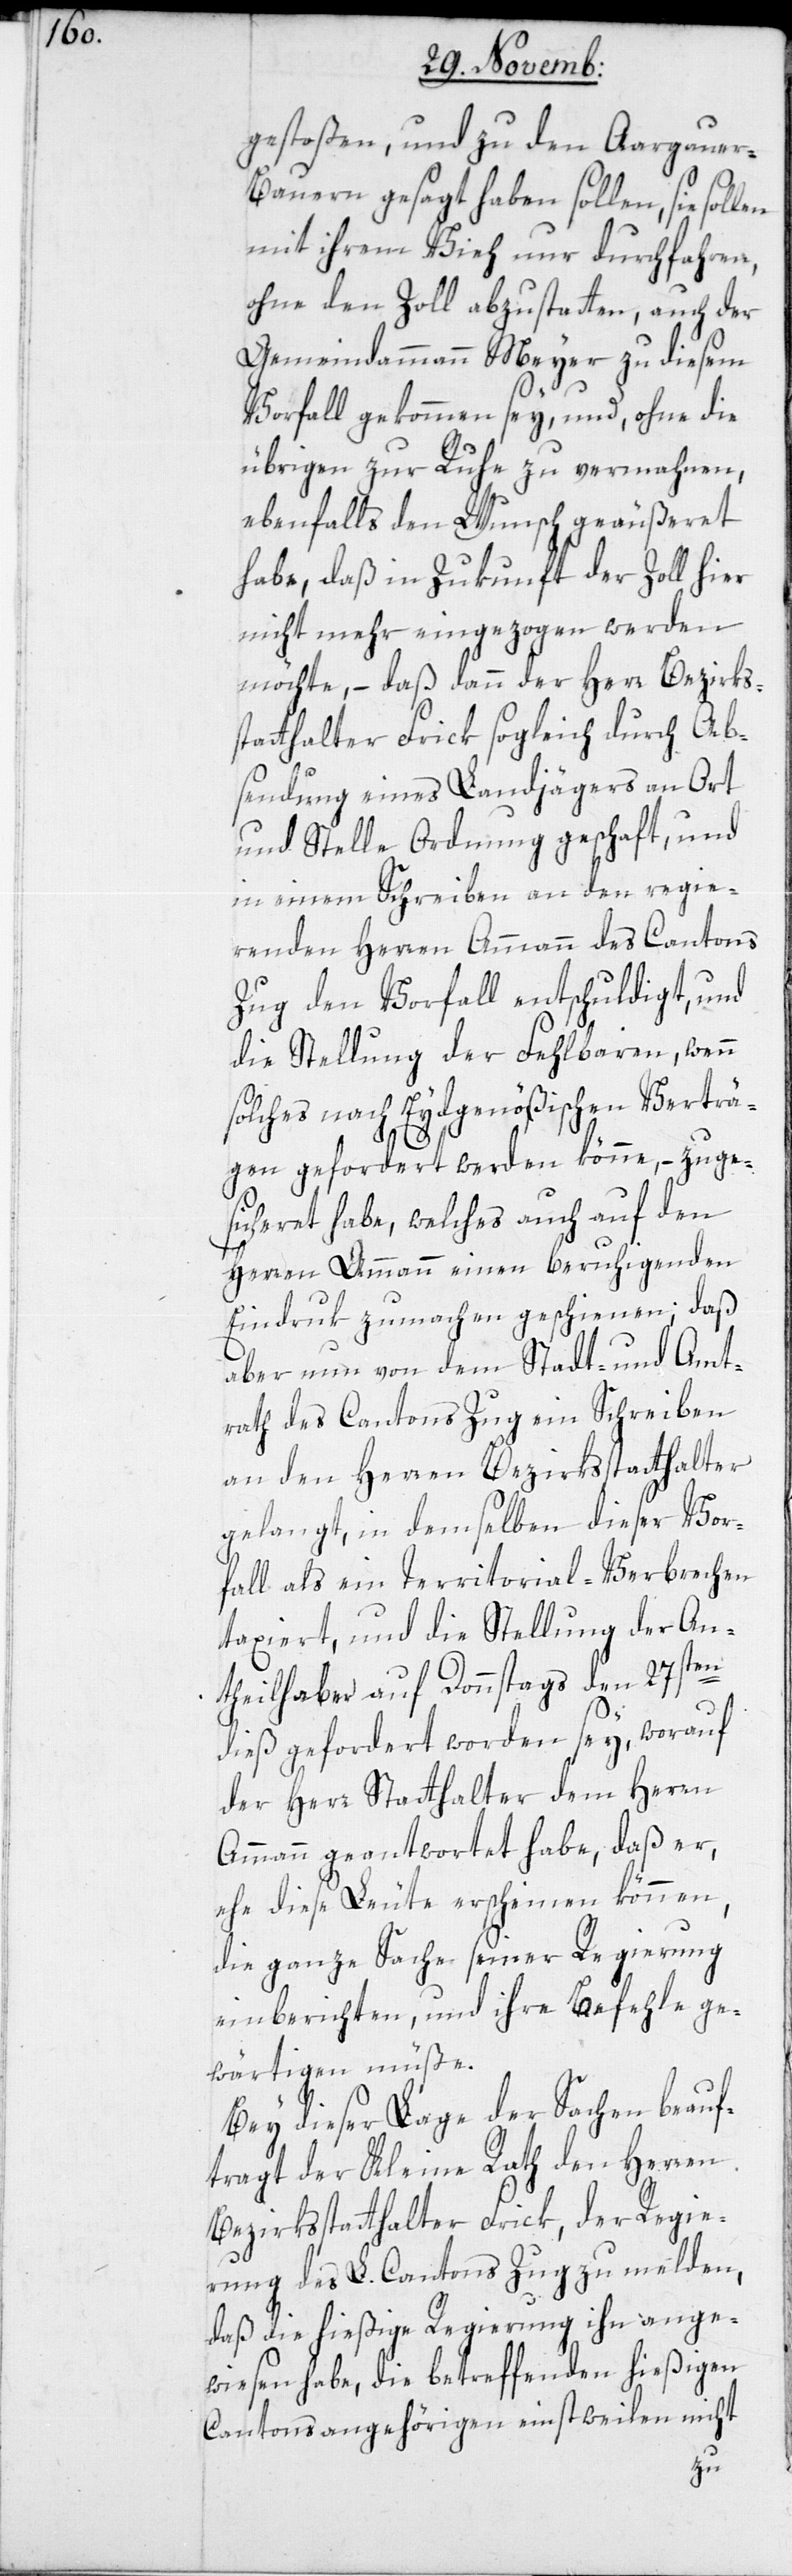
gestoßen, und zu den Aargauer-B¬
auern gesagt haben sollen, sie
mit ihrem Vieh nur durchfahren,
ohne den Zoll abzustatten, auch der
Gemeindammann Meyer zu diesem
Vorfall gekommen sey, und, ohne die
übrigen zur Ruhe zu vermahnen,
ebenfalls den Wunsch geäußeret
habe, daß in Zukunft der Zoll hier
nicht mehr eingezogen werden
möchte, – daß dann der Herr Bezirks¬
statthalter Frick sogleich durch Ab¬
sendung eines Landjägers an Ort
und Stelle Ordnung geschaft, und
in einem Schreiben an den regie¬
renden Herren Ammann des Cantons
Zug den Vorfall entschuldigt, und
die Stellung der Fehlbaren, wenn
solches nach Eydgenößischen Verträ¬
gen gefordert werden könne, – zuge¬
sicheret habe, welches auch auf den
Herren Ammann einen beruhigenden
Eindruk zu machen geschienen; daß
aber nun von dem Stadt- und Amt¬
rath des Cantons Zug ein Schreiben
an den Herren Bezirksstatthalter
gelangt, in demselben dieser Vor¬
fall als ein Territorial-Verbrechen
taxiert, und die Stellung der An¬
theilhaber auf Donnstags den 27sten
dieß gefordert worden sey, worauf
der Herr Statthalter dem Herrn
Ammann geantwortet habe, daß er,
ehe diese Leute erscheinen können,
die ganze Sache seiner Regierung
einberichten, und ihre Befehle ge¬
wärtigen müße.
Bei dieser Lage der Sachen beauf¬
tragt der Kleine Rath den Herren
Bezirksstatthalter Frick, der Regie¬
rung des L. Cantons Zug zu melden,
daß die hießige Regierung ihn ange¬
wiesen habe, die betreffenden hießigen
Cantons-Angehörigen einstweilen nicht